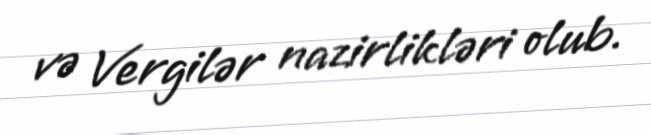
və Vergilər nazirlikləri olub.